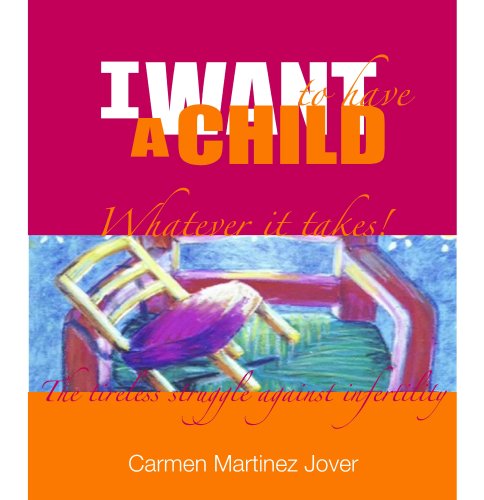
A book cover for I want to have a child, whatever it takes!; Carmen Martinez Jover; Parenting & Relationships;